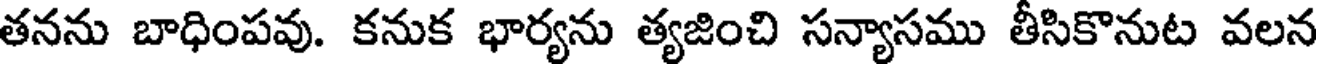
తనను బాధింపవు. కనుక భార్యను త్యజించి సన్యాసము తీసికొనుట వలన